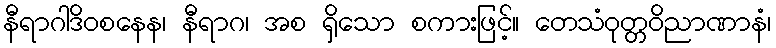
နီရာဂါဒိဝစနေန၊ နီရာဂ၊ အစ ရှိသော စကားဖြင့်။ တေသံဝုတ္တဝိညာဏာနံ၊